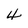
Character: 4